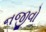
નજીવો